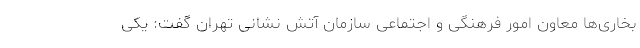
بخاری‌ها معاون امور فرهنگی و اجتماعی سازمان آتش نشانی تهران گفت: یکی